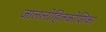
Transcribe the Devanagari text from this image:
जाललोहितकोशिका